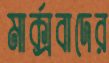
মার্ক্সবাদের